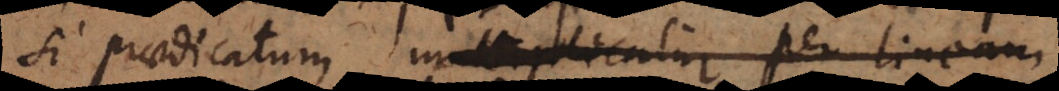
si praedicatum multiplicatur per lineam